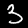
Label: 3